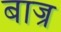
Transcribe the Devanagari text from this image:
बाज्र